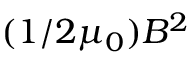
( 1 / 2 \mu _ { 0 } ) B ^ { 2 }